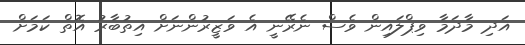
އަދި މާދަމާ ވިޕްލައިން ވެސް ނެރޭނީ އެ ވަޒީރުންނަށް އިތުބާރު އޮތް ކަމަށް